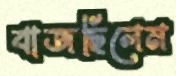
বাজছিলেম